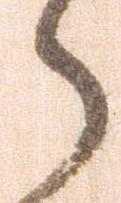
ら